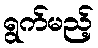
ရွက်မည့်